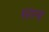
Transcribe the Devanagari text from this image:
षडयन्त्रो